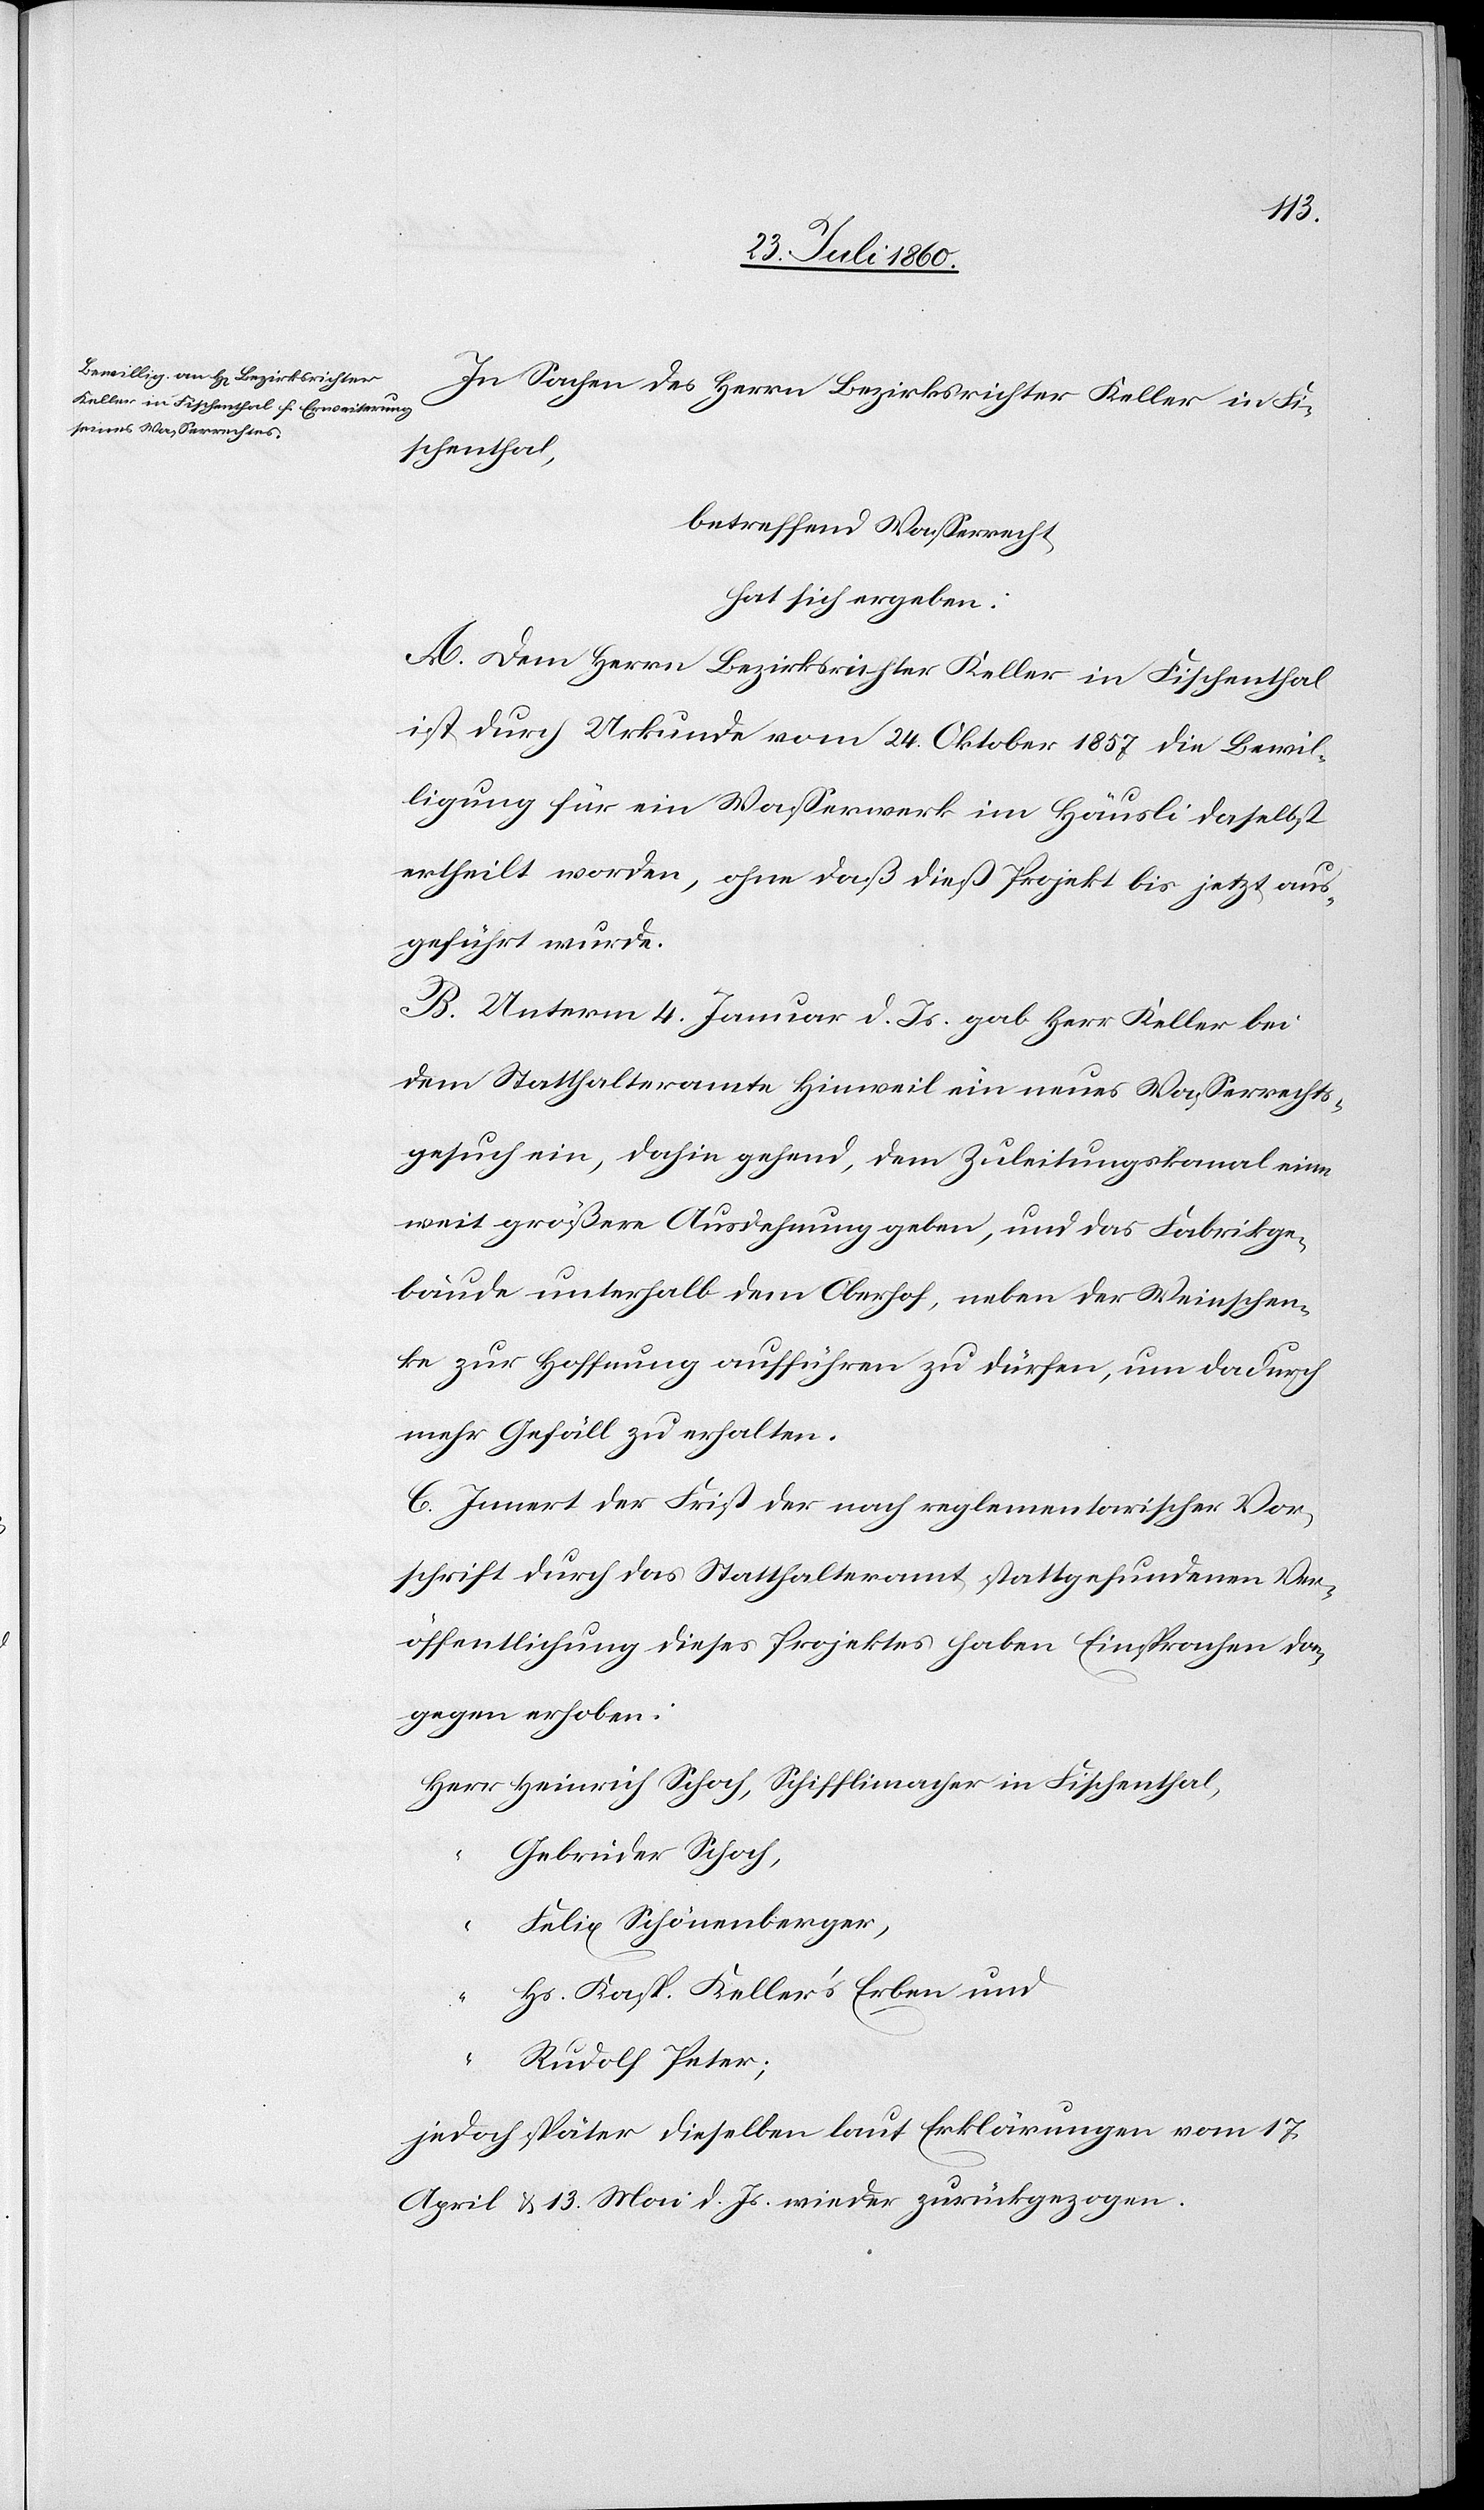
In Sachen des Herrn Bezirksrichter Keller im Fi¬
Fischenthal,
betreffend Wasserrechts
hat sich ergeben:
A. Dem Hrn. Bezirksrichter Keller im Fischenthal
ist durch Urkunde vom 24. Weinmonat 1857 die Bewil¬
ligung für ein Wasserwerk im Häusli daselbst
ertheilt worden, ohne dass dies Projekt bis jetzt aus¬
geführt wurde.
B. Unterm 4. Jenner d. Js. gab Hr. Keller bei
dem Statthalteramte Hinweil ein neues Wasserrechts¬
gesuch ein, dahin gehend, dem Zuleitungskanal eine
weit größere Ausdehnung geben, und das Fabrikge¬
bäude unterhalb dem Oberhof, neben der Weinschen¬
ke zur Hoffnung aufführen zu dürfen, um dadurch
mehr Gefäll zu erhalten.
C. Innert der Frist der nach reglementarischer Vor¬
schrift durch das Statthalteramt Statt gefundenen Ver¬
öffentlichung dieses Projektes haben Einsprachen da¬
gegen erhoben
Gebrüder Schoch,
Felix Schönenberger
Hs. Kasp. Kellers Erben und
Rudolf Peter
jedoch später dieselben laut Erklärungen vom 27
April u. 13. Mai d. Js. wieder zurückgezogen.